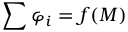
\sum \varphi _ { i } = f ( M )